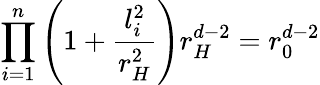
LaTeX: \prod_{i=1}^{n}\left(1+\frac{l_{i}^{2}}{r_{H}^{2}}\right)r_{H}^{d-2}=r_{0}^{d-2}